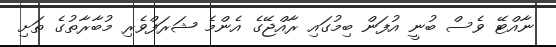
ނާއްޓޭ ވެސް ބުނީ އުފަން ބިމުގައި ރާއްޖޭގެ އެންމެ ޝަރަފްވެރި މުބާރާތުގެ ތަށި